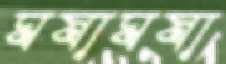
ঘষাঘষা